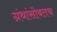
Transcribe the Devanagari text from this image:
ग्रंथांसोबतच